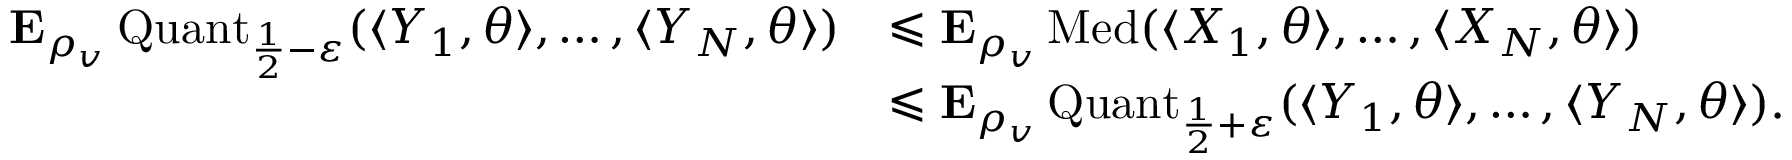
\begin{array} { r l } { { \mathbf E } _ { \rho _ { v } } \operatorname { Q u a n t } _ { \frac { 1 } { 2 } - \varepsilon } ( \langle Y _ { 1 } , \theta \rangle , \ldots , \langle Y _ { N } , \theta \rangle ) } & { \leqslant { \mathbf E } _ { \rho _ { v } } \operatorname { M e d } ( \langle X _ { 1 } , \theta \rangle , \ldots , \langle X _ { N } , \theta \rangle ) } \\ & { \leqslant { \mathbf E } _ { \rho _ { v } } \operatorname { Q u a n t } _ { \frac { 1 } { 2 } + \varepsilon } ( \langle Y _ { 1 } , \theta \rangle , \ldots , \langle Y _ { N } , \theta \rangle ) . } \end{array}